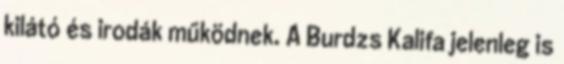
kilátó és irodák működnek. A Burdzs Kalifa jelenleg is